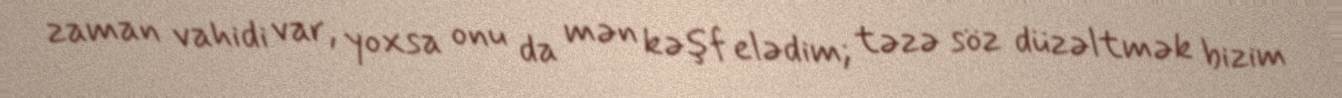
zaman vahidi var, yoxsa onu da mən kəşf elədim; təzə söz düzəltmək bizim